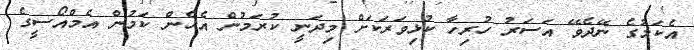
އެކަމުގެ ނޭދެވޭ އަސަރު ހުރިހާ ކުޅިވަރަކަށް މިދަނީ ކުރަމުން އެހެން ކަމުން އެމްއޯސީގެ